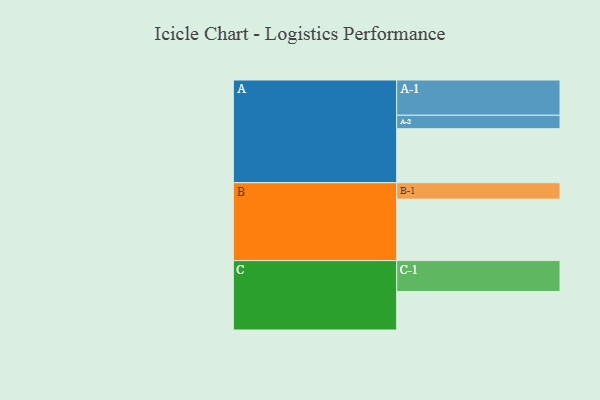
{"axis": {"x": "Segment", "y": "Value"}, "legend": ["", "A", "B", "C"], "data": [{"x": "A", "y": 446, "type": ""}, {"x": "B", "y": 507, "type": ""}, {"x": "C", "y": 318, "type": ""}, {"x": "A-1", "y": 291, "type": "A"}, {"x": "A-2", "y": 111, "type": "A"}, {"x": "B-1", "y": 136, "type": "B"}, {"x": "C-1", "y": 255, "type": "C"}]}